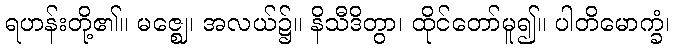
ရဟန်းတို့၏။ မဇ္ဈေ၊ အလယ်၌။ နိသီဒိတွာ၊ ထိုင်တော်မူ၍။ ပါတိမောက္ခံ၊